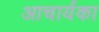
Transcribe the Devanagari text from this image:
आचार्यका